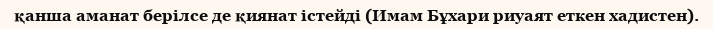
қанша аманат берілсе де қиянат істейді (Имам Бұхари риуаят еткен хадистен).